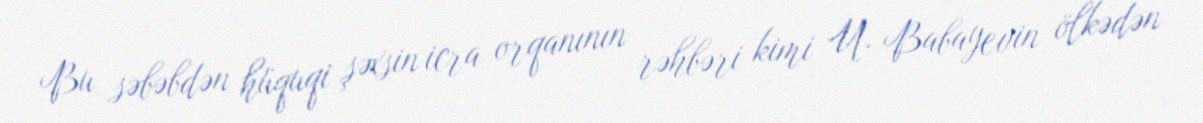
Bu səbəbdən hüquqi şəxsin icra orqanının rəhbəri kimi U. Babayevin ölkədən